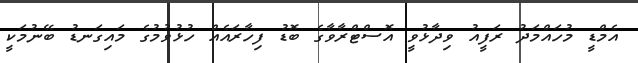
އެމްޑީ މުހައްމަދު ރަފީއު ވިދާޅުވީ އޮސްޓްރާވާގެ ބޮޑު ފިހާރައެއް ހުޅުވުމުގެ މައިގަނޑު ބޭނުމަކީ